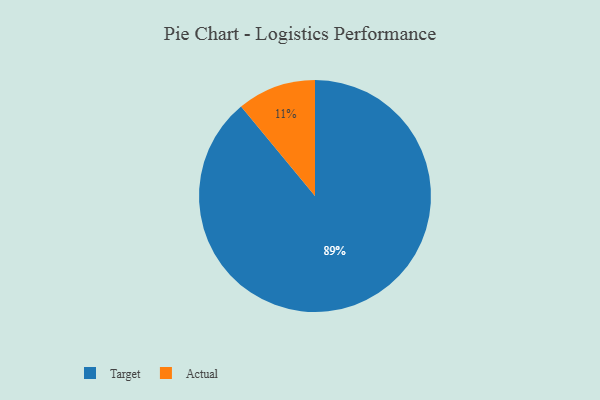
{"axis": {"x": "Category", "y": "Percentage"}, "legend": ["Actual", "Target"], "data": [{"x": "Target", "y": 89, "type": "Target"}, {"x": "Actual", "y": 11, "type": "Actual"}]}